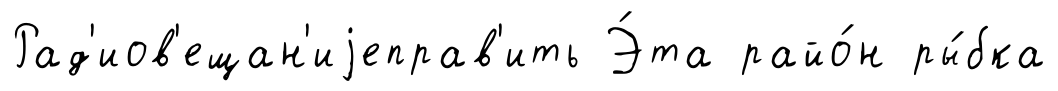
Рад'иов'ещан'иjеправ'ить Э́та райо́н ры́бка